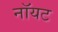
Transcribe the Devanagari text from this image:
नॉयट